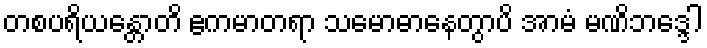
တစပရိယန္တောတိ ဧကမာတရာ သမောဓာနေတွာပိ အာမံ မဏိဘဒ္ဒေါ